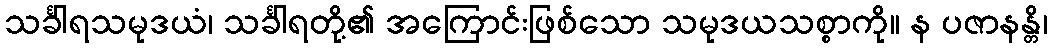
သင်္ခါရသမုဒယံ၊ သင်္ခါရတို့၏ အကြောင်းဖြစ်သော သမုဒယသစ္စာကို။ န ပဇာနန္တိ၊